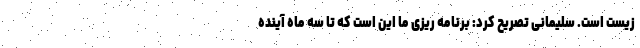
زیست است. سلیمانی تصریح کرد: برنامه ریزی ما این است که تا سه ماه آینده